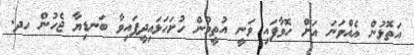
އަތޮޅުން އެއްވަނަ އަށް ހޮވާފައި ވަނީ އުތީމުން ހުށަހަޅައިދީފައިވާ ބަނޑިޔާ ޖެހުން ހދ.